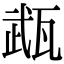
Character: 𤭎